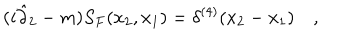
( i \hat { \partial } _ { 2 } - m ) S _ { F } ( x _ { 2 } , x _ { 1 } ) = \delta ^ { ( 4 ) } ( x _ { 2 } - x _ { 1 } ) \quad ,